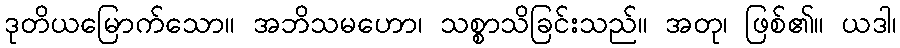
ဒုတိယမြောက်သော။ အဘိသမဟော၊ သစ္စာသိခြင်းသည်။ အတု၊ ဖြစ်၏။ ယဒါ၊